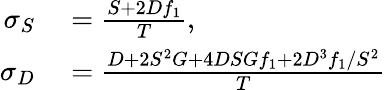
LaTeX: \begin{array}{rl}{\sigma_{S}}&{{}=\frac{S+2Df_{1}}{T},}\\ {\sigma_{D}}&{{}=\frac{D+2S^{2}G+4DSGf_{1}+2D^{3}f_{1}/S^{2}}{T}}\end{array}